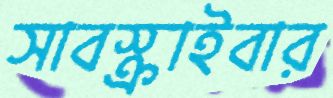
সাবস্ক্রাইবার